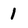
Character: 1